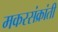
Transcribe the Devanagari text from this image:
मकरसंक्रांती